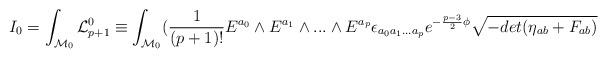
LaTeX: \begin{align*}I_0 = \int_{{\cal M}_0} {\cal L}^0_{p+1} \equiv\int_{{\cal M}_0} ({1 \over (p+1)!} E^{a_0} \wedge E^{a_1}\wedge ... \wedge E^{a_p}\epsilon_{a_0 a_1... a_p} e^{-{p-3 \over 2} \phi} \sqrt{-det (\eta_{ab} +F_{ab})}\end{align*}